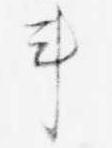
車